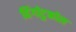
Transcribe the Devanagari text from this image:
हिंगोटुकोल